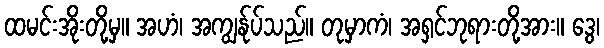
ထမင်းအိုးတို့မှ။ အဟံ၊ အကျွန်ုပ်သည်။ တုမှာကံ၊ အရှင်ဘုရားတို့အား။ ဒွေ၊